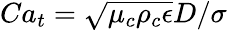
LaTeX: Ca_{t}=\sqrt{\mu_{c}\rho_{c}\epsilon}D/\sigma